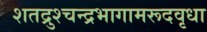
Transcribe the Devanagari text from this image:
शतद्रुश्चन्द्रभागामरूदवृधा